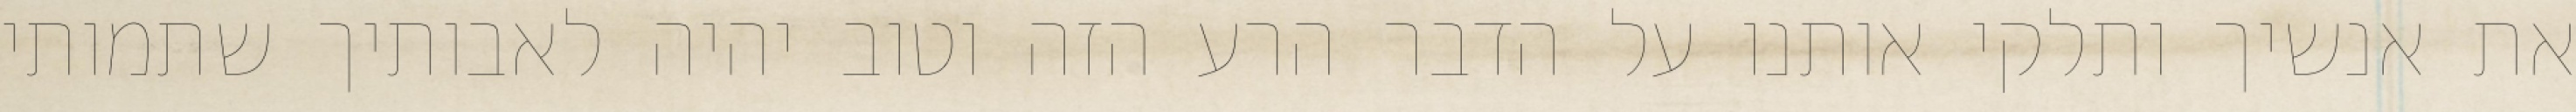
את אנשיך ותלקי אותנו על הדבר הרע הזה וטוב יהיה לאבותיך שתמותי